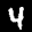
Label: 4